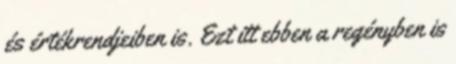
és értékrendjeiben is. Ezt itt ebben a regényben is